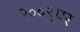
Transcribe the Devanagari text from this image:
२००९पर